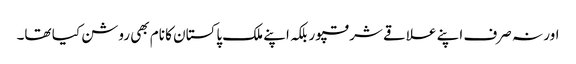
اور نہ صرف اپنے علاقے شرقپور بلکہ اپنے ملک پاکستان کا نام بھی روشن کیا تھا۔